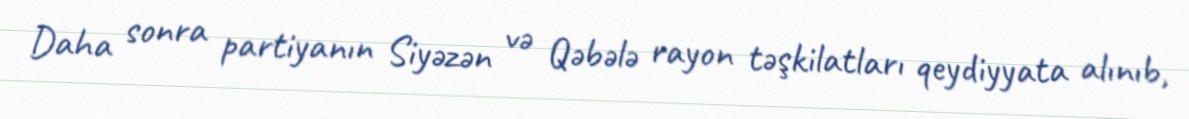
Daha sonra partiyanın Siyəzən və Qəbələ rayon təşkilatları qeydiyyata alınıb,